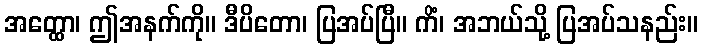
အတ္ထော၊ ဤအနက်ကို။ ဒီပိတော၊ ပြအပ်ပြီ။ ကိံ၊ အဘယ်သို့ ပြအပ်သနည်း။